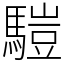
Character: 𩥉